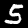
Label: 5